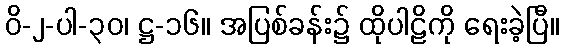
ဝိ-၂-ပါ-၃၀၊ ဋ္ဌ-၁၆။ အပြစ်ခန်း၌ ထိုပါဠိကို ရေးခဲ့ပြီ။